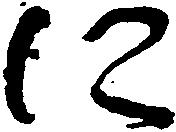
に